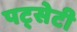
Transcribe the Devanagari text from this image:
पट्सेटी